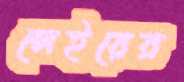
লেইয়ের